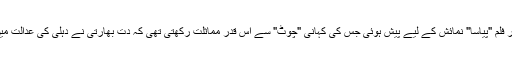
1958ء میں گرودت کی مشہور فلم "پیاسا" نمائش کے لیے پیش ہوئی جس کی کہانی "چوٹ" سے اس قدر مماثلت رکھتی تھی کہ دت بھارتی نے دہلی کی عدالت میں گرودت پر مقدمہ دائر کر دیا۔